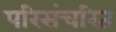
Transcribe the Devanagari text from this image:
परिसंचरित